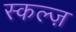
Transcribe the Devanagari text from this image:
स्कल्ज़